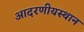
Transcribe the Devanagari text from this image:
आदरणीयस्थान